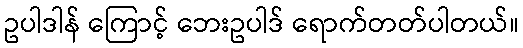
ဥပါဒါန် ကြောင့် ဘေးဥပါဒ် ရောက်တတ်ပါတယ်။